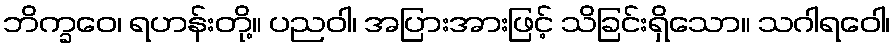
ဘိက္ခဝေ၊ ရဟန်းတို့။ ပညဝါ၊ အပြားအားဖြင့် သိခြင်းရှိသော။ သဂါရဝေါ၊